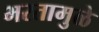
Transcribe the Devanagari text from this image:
भरतामुळे